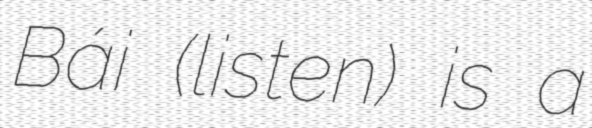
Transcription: Bái (listen) is a